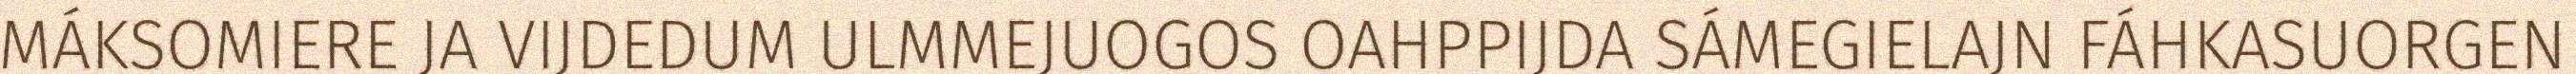
MÁKSOMIERE JA VIJDEDUM ULMMEJUOGOS OAHPPIJDA SÁMEGIELAJN FÁHKASUORGEN